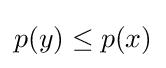
p(y)\leq p(x)